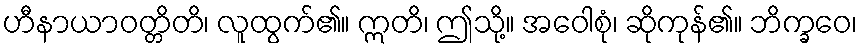
ဟီနာယာဝတ္တိတိ၊ လူထွက်၏။ ဣတိ၊ ဤသို့။ အဝေါစုံ၊ ဆိုကုန်၏။ ဘိက္ခဝေ၊